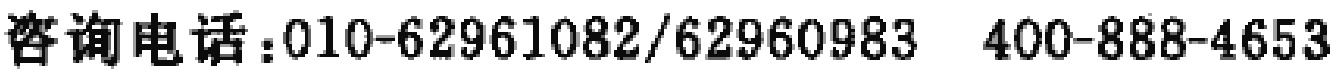
咨询电话：010-62961082/62960983  400-888-4653